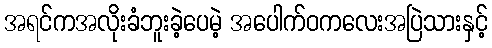
အရင်ကအလိုးခံဘူးခဲ့ပေမဲ့ အပေါက်ဝကလေးအပြဲသားနှင့်